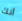
أنك